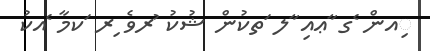
ިއން ެގ ާޢއި ާލ ަތކުން ޝުކު ުރވެ ިރ ަކމާ ެއކު